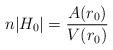
LaTeX: \begin{align*}n|H_{0}| = \frac{A(r_0)}{V(r_0)} \end{align*}